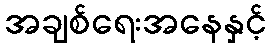
အချစ်ရေးအနေနှင့်